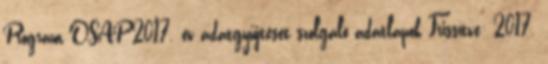
Program OSAP 2017. év adatgyűjtését szolgáló adatlapok Frissítve: 2017.